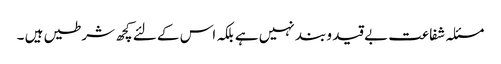
مسئلہ شفاعت بے قید و بند نہیں ہے بلکہ اس کے لئے کچھ شرطیں ہیں ۔